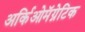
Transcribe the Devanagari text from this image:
अर्किओमॅग्नेटिक